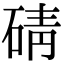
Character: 碃